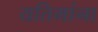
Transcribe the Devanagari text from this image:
यतिमांना